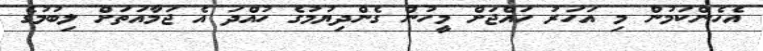
އެހެންކަމުން މި އަހަރު ހައްޖަށް މީހުން ގެންދިޔުމުގެ ހުއްދަ އެ ޖަމާއަތަށް ލިބުމުގެ